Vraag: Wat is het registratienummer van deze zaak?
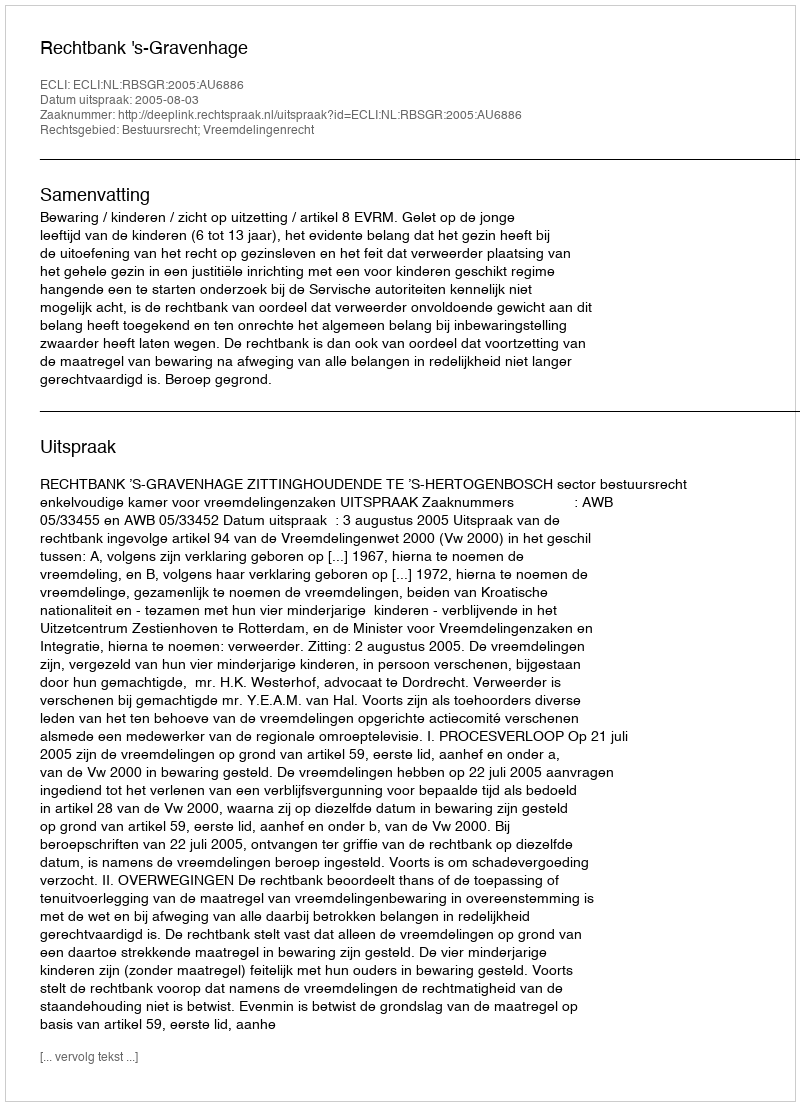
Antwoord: http://deeplink.rechtspraak.nl/uitspraak?id=ECLI:NL:RBSGR:2005:AU6886